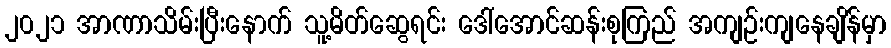
၂၀၂၁ အာဏာသိမ်းပြီးနောက် သူ့မိတ်ဆွေရင်း ဒေါ်အောင်ဆန်းစုကြည် အကျဉ်းကျနေချိန်မှာ